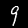
Label: 9